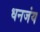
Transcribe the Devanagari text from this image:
धनजंय